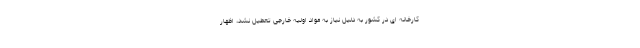
کارخانه ای در کشور به دلیل نیاز به مواد اولیه خارجی تعطیل نشد،‌ اظهار